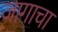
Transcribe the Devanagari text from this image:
जागाचा